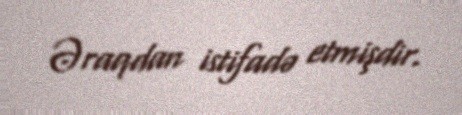
Əraqdan istifadə etmişdir.